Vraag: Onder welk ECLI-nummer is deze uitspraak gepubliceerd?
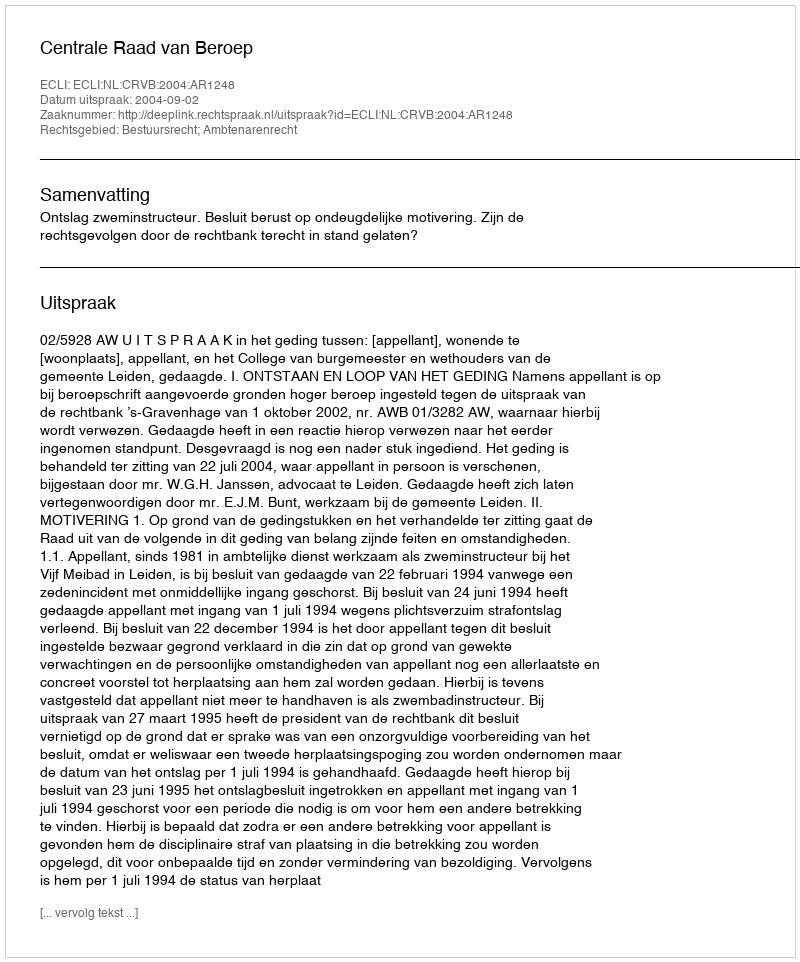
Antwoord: ECLI:NL:CRVB:2004:AR1248